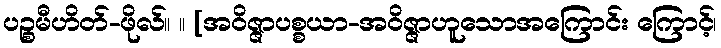
ပဉ္စမီဟိတ်-ဖိုလ်။ ။ [အဝိဇ္ဇာပစ္စယာ-အဝိဇ္ဇာဟူသောအကြောင်း ကြောင့်၊